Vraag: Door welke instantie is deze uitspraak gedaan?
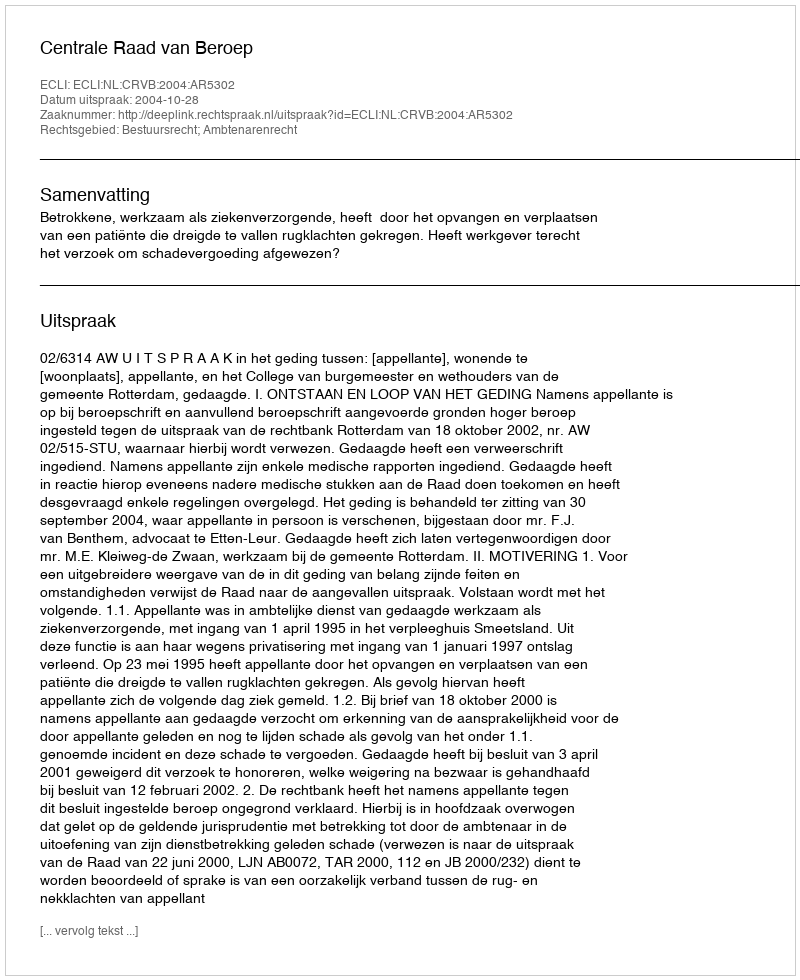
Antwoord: Centrale Raad van Beroep